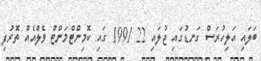
ބަލައި އަލިހުރަސް ގަނޑުގައި ޖުލައި 22 1991 ގައި ކޮމިންޓްމަންޓް ވެލްއެއް ތޮރުފި